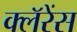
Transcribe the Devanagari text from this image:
क्लॅरेंस